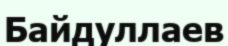
Байдуллаев